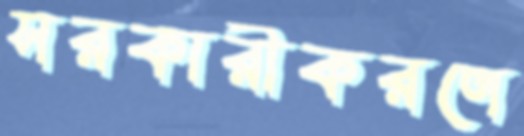
সরকারীকরণে